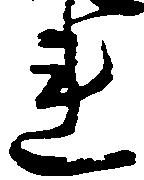
連